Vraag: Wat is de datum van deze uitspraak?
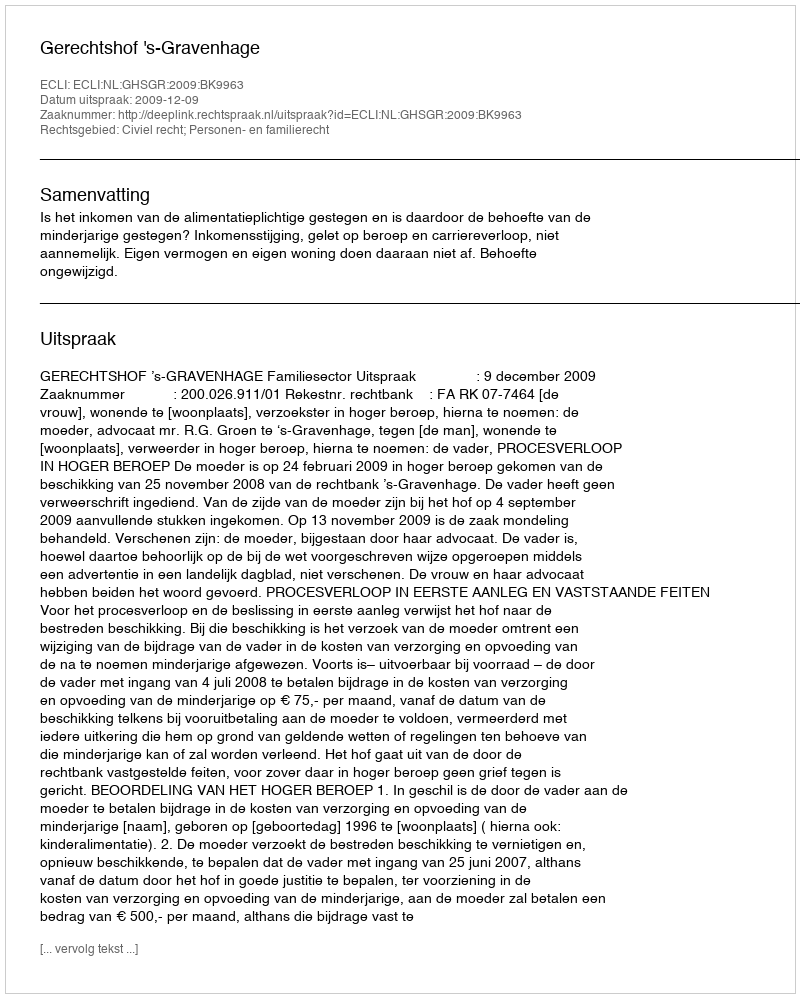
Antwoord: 2009-12-09